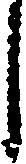
し